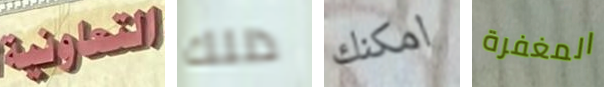
التعاونية ذللك امكنك المغفرة